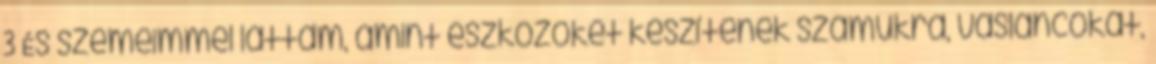
3 És szemeimmel láttam, amint eszközöket készítenek számukra, vasláncokat,